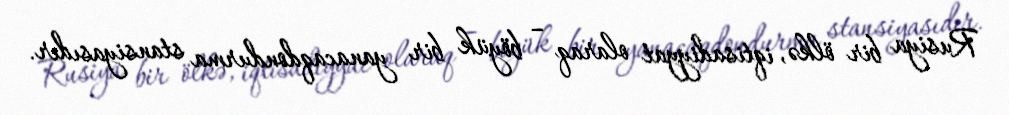
Rusiya bir ölkə, iqtisadiyyat olaraq – böyük bir yanacaqdondurma stansiyasıdır.